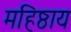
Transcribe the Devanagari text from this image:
महिष्ठाय